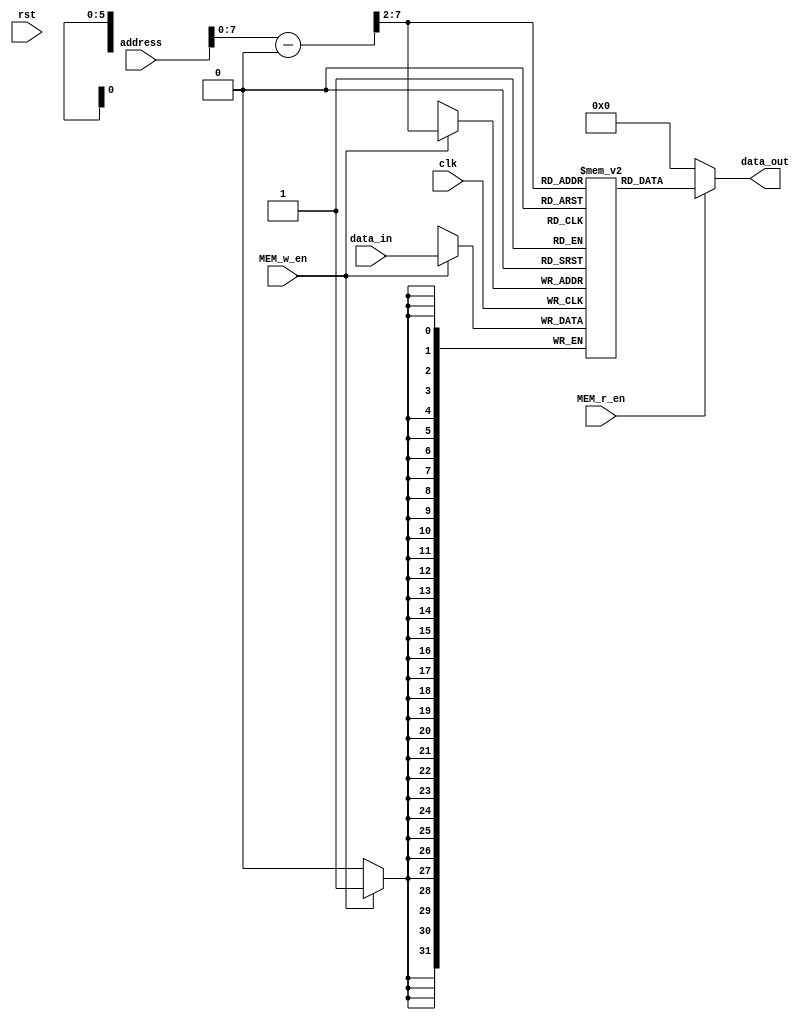
module Data_Memory(
  input             clk, 
  input             rst, 
  input             MEM_w_en, 
  input             MEM_r_en, 
  input      [31:0] address,
  input      [31:0] data_in,

  output reg [31:0] data_out
);

  `define MEMORY_START_POSITION 32'd1024

  reg [31:0] memory [0:63];

  always @(*) begin
    if (MEM_r_en)
      data_out <= memory[(address - `MEMORY_START_POSITION) >> 2];
    else
      data_out <= 0;
  end
    
  always @(posedge clk) begin
    if (MEM_w_en) begin
      memory[(address - `MEMORY_START_POSITION) >> 2] <= data_in;
    end
  end

endmodule